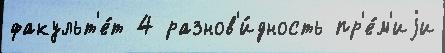
факульт'е́т 4 разнов'и́дность пр'е́м'иjи